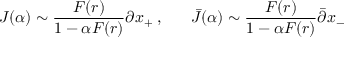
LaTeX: J ( \alpha ) \sim \frac { F ( r ) } { 1 - \alpha F ( r ) } \partial x _ { + } \; , \; \; \; \; \; \; \bar { J } ( \alpha ) \sim \frac { F ( r ) } { 1 - \alpha F ( r ) } \bar { \partial } x _ { - }